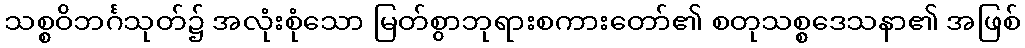
သစ္စဝိဘင်္ဂသုတ်၌ အလုံးစုံသော မြတ်စွာဘုရားစကားတော်၏ စတုသစ္စဒေသနာ၏ အဖြစ်